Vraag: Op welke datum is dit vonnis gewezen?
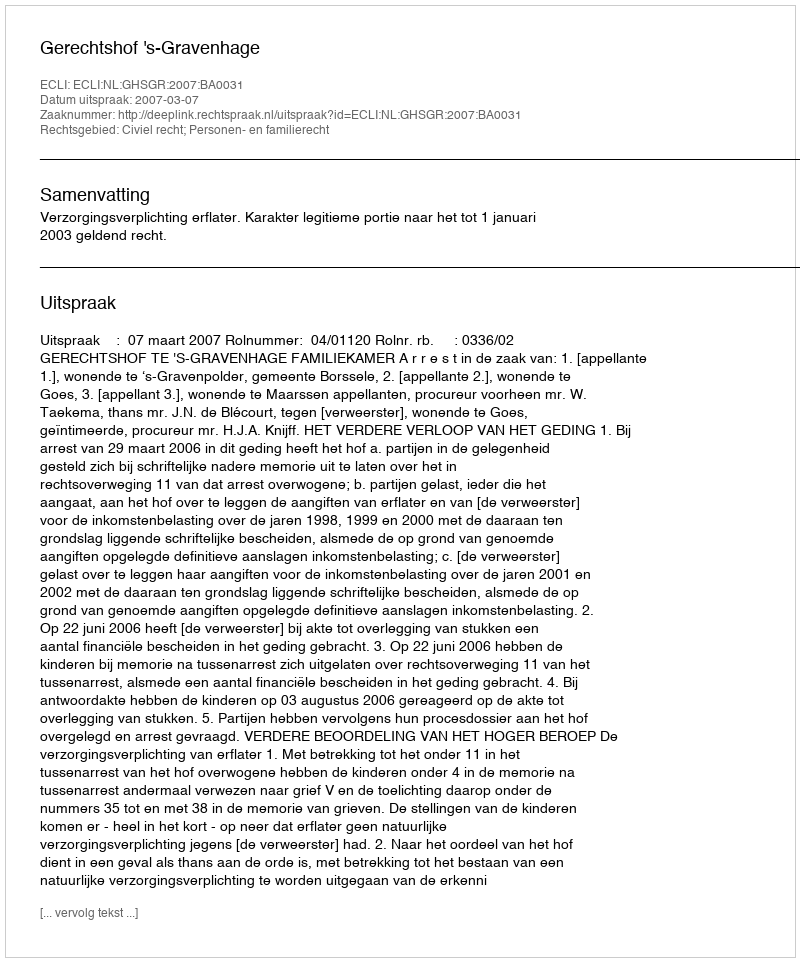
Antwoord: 2007-03-07